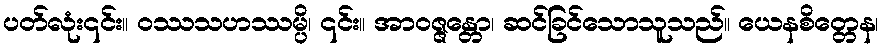
ပတ်လုံး၎င်း။ ဝဿသဟဿမ္ပိ၊ ၎င်း။ အာဝဇ္ဇန္တော၊ ဆင်ခြင်သောသူသည်။ ယေနစိတ္တေန၊